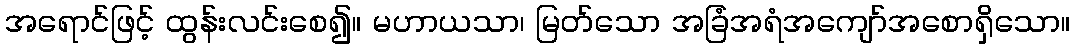
အရောင်ဖြင့် ထွန်းလင်းစေ၍။ မဟာယသာ၊ မြတ်သော အခြံအရံအကျော်အစောရှိသော။